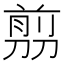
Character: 𠞽